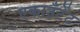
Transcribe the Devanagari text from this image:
एकाउँटेंट